Report on the working of the Ranchi Indian Mental Hospital, Kanke, in Bihar and Orissa - 1930-1940
Year: 1930
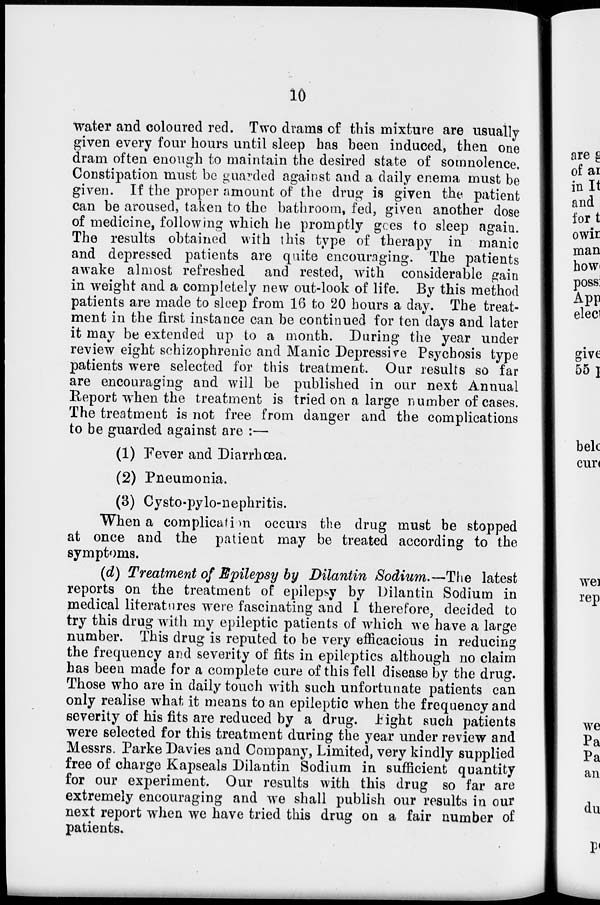
10
water and coloured red. Two drams of this mixture are usually
given every four hours until sleep has been induced, then one
dram often enough to maintain the desired state of somnolence.
Constipation must be guarded against and a daily enema must be
given. If the proper amount of the drug is given the patient
can be aroused, taken to the bathroom, fed, given another dose
of medicine, following which he promptly goes to sleep again.
The results obtained with this type of therapy in manic
and depressed patients are quite encouraging. The patients
awake almost refreshed and rested, with considerable gain
in weight and a completely new out-look of life. By this method
patients are made to sleep from 16 to 20 hours a day. The treat-
ment in the first instance can be continued for ten days and later
it may be extended up to a month. During the year under
review eight schizophrenic and Manic Depressive Psychosis type
patients were selected for this treatment. Our results so far
are encouraging and will be published in our next Annual
Report when the treatment is tried on a large number of cases.
The treatment is not free from danger and the complications
to be guarded against are :—
(1) Fever and Diarrhœa.
(2) Pneumonia.
(3) Cysto-pylo-nephritis.
When a complication occurs the drug must be stopped
at once and the patient may be treated according to the
symptoms.
(d) Treatment of Epilepsy by Dilantin Sodium.—The latest
reports on the treatment of epilepsy by Dilantin Sodium in
medical literatures were fascinating and I therefore, decided to
try this drug with my epileptic patients of which we have a large
number. This drug is reputed to be very efficacious in reducing
the frequency and severity of fits in epileptics although no claim
has been made for a complete cure of this fell disease by the drug.
Those who are in daily touch with such unfortunate patients can
only realise what it means to an epileptic when the frequency and
severity of his fits are reduced by a drug. Fight such patients
were selected for this treatment during the year under review and
Messrs. Parke Davies and Company, Limited, very kindly supplied
free of charge Kapseals Dilantin Sodium in sufficient quantity
for our experiment. Our results with this drug so far are
extremely encouraging and we shall publish our results in our
next report when we have tried this drug on a fair number of
patients.